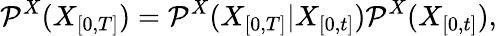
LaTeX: \mathcal{P}^{X}(X_{[0,T]})=\mathcal{P}^{X}(X_{[0,T]}\vert X_{[0,t]})\mathcal{P}^{X}(X_{[0,t]}),